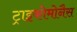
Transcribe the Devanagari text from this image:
ट्राइकोमोनैस